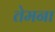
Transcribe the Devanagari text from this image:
तेमना